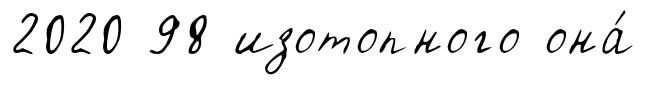
2020 98 изотопного она́